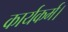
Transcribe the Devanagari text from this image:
कार्यकर्म।